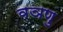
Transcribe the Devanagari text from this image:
वञणु